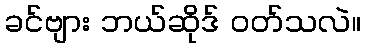
ခင်ဗျား ဘယ်ဆိုဒ် ဝတ်သလဲ။